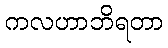
ကလဟာဘိရတာ